Vital statistics of India. Vol. VI, European troops 1870-79
Year: 1870
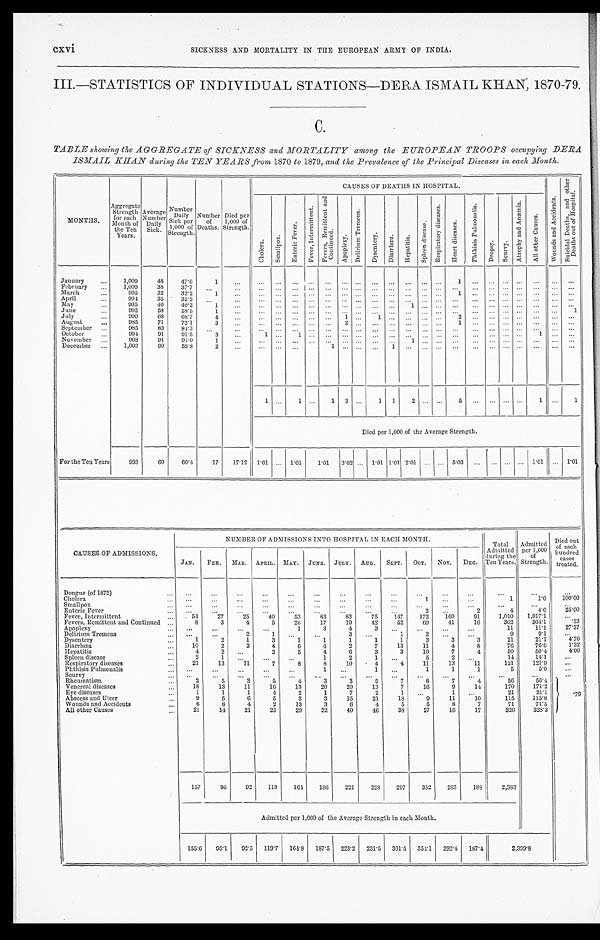
cxvi
SICKNESS AND MORTALITY IN THE EUROPEAN ARMY OF INDIA.
III.—STATISTICS OF INDIVIDUAL STATIONS—DERA ISMAIL KHAN, 1870-79.
C.
TABLE showing the AGGREGATE of SICKNESS and MORTALITY among the EUROPEAN TROOPS occupying
DERA ISMAIL KHAN during the TEN YEARS from 1870 to 1879, and the Prevalence of the Principal Diseases in each Month.
MONTHS.
Aggregate Strength for
each Month of
the Ten
Years.
Average
Number Dai l y
Sick.
Number Daily
Sick per
1,000 of
Strength.
Number of
Deaths.
Died per
1,000 of
Strength.
CAUSES OF DEATHS IN HOSPITAL.
Wo u n d s a n d A c c i d e n t s .
S u i c i d a l D e a t h s , a n d o t h e r D e a t h s o u t o f H o s p i t a l .
C h o l e r a .
Smal l pox. E n t e r i c F e v e r .
F e v e r , I n t e r m i t t e n t .
F e v e r s , R e m i t t e n t a n d C o n t i n u e d .
Ap o p l e x y .
D e l i r i u m T r e m e n s .
D y s e n t e r y .
Di ar r hœa.
H e p a t i t i s .
S p l e e n d i s e a s e .
R e s p i r a t o r y d i s e a s e s .
H e a r t d i s e a s e s .
P h t h i s i s P u l m o n a l i s .
D r o p s y .
S c u r v y .
A t r o p h y a n d A n æ m i a .
A l l o t h e r C a u s e s .
January
1,009
48
47. 6
1
1
February
1,009
38
37.7
March
995
32 32.2
1
1
April
9 9 4
35
35.2
May
995
40 40.2 1
1
June
9 9 2
58
58.5
1
1
July
9 9 0
68
68.7
4
1
1
2
August
985
71
72.1
3
2
1
September
985
83
84.3
October
994
91
91.5
3
1
1
1
N o v e m b e r
9 6 8
91
9 4 . 0
1
1
December
1,003
6 0
59. 8
2
1
1
1
1
1 3
1 1 2
5
1
1
Died per 1,000 of the Average Strength.
For the Ten Years
993
60 60. 4
17 17.12 1.01
1.01 1.01 3 . 0 2
1.01 1.01
2 . 0 1
5 . 0 3
1.01
1.01
CAUSES OF ADMISSIONS.
NUMBER OF ADMISSIONS INTO HOSPITAL IN EACH MONTH.
Total
Admitte
d during the
Ten Years.
Admitted per 1,000
of
Strength.
Died out
of each
hundred cases
treated.
JAN. FEB. MAR. APRIL. MAY. JUNE. JULY. AUG. SEPT. OCT. NOV. DEC.
Dengue (of 1872)
Cholera
1
1
1.0 1 0 0 . 0 0
Smallpox Enteric Fever
2
2
4
4. 0
25. 00
Fever, Intermittent
54
27
25
40
53
83
83
75 147 172 1 6 0
91
1,010 1,017.1
Fevers, Remittent and Continued 8
3
4
5
26
17
19
42
52
69
41
16
302
304.1
.33
Apoplexy
1
3
4 3
11
11.1
27. 27
Delirium Tremens
2
1
3
1 2
9
9.1
Dysentery
1
2
1
3
1
1
1
1
1
3
3
3
21
21.1
4 . 7 6
Diarrhœa
10
2
3
4
6
6
2
7
13
11
4
8
76
76. 6
1.32
Hepatitis
4 2
2
5
4
6
3
3
10
7
4
50
50.4
4 . 0 0
Spleen disease
2
1
1
2
1
5 2
14
14. 1
Respiratory diseases
21
13
11
7
8
8
10
4
4
11
13
11
121
121.9
Phthisis Pulmonalis
1
1
1
1
1
5
5. 0
Scurvy
R h e u m a t i s m
2
5
3
5
4
3
3
5
7
8
7
4
56
5 6 . 4
.79
Venereal diseases.
18
13
11
16
13
20
20
13
7
16
9
14
170
171.2
Eye diseases
1
1
1
4
2
1
7
2
1
1
21
21.1
Abscess and Ulcer
9
5
6
5
3
3
15
21
18
9
11
10
115
115. 8
Wounds and Accidents
6
8
4
2
13
3
6
4
5
5
8
7
71
71.5
A l l o t h e r C a u s e s
21
14
21
25
29
32
40
46
38
27
16
17
326
328.3
157
96
92 119 1 6 4
1 8 6
221 228 297 352 2 8 3
188
2,383
Admitted per 1,000 of the Average Strength in each Month.
155.6 95. 1 92. 5 119. 7 1 6 4 . 8
187. 5 223.2 231.5 301.5 354. 1
292. 4 187. 4
2 , 3 9 9 . 8